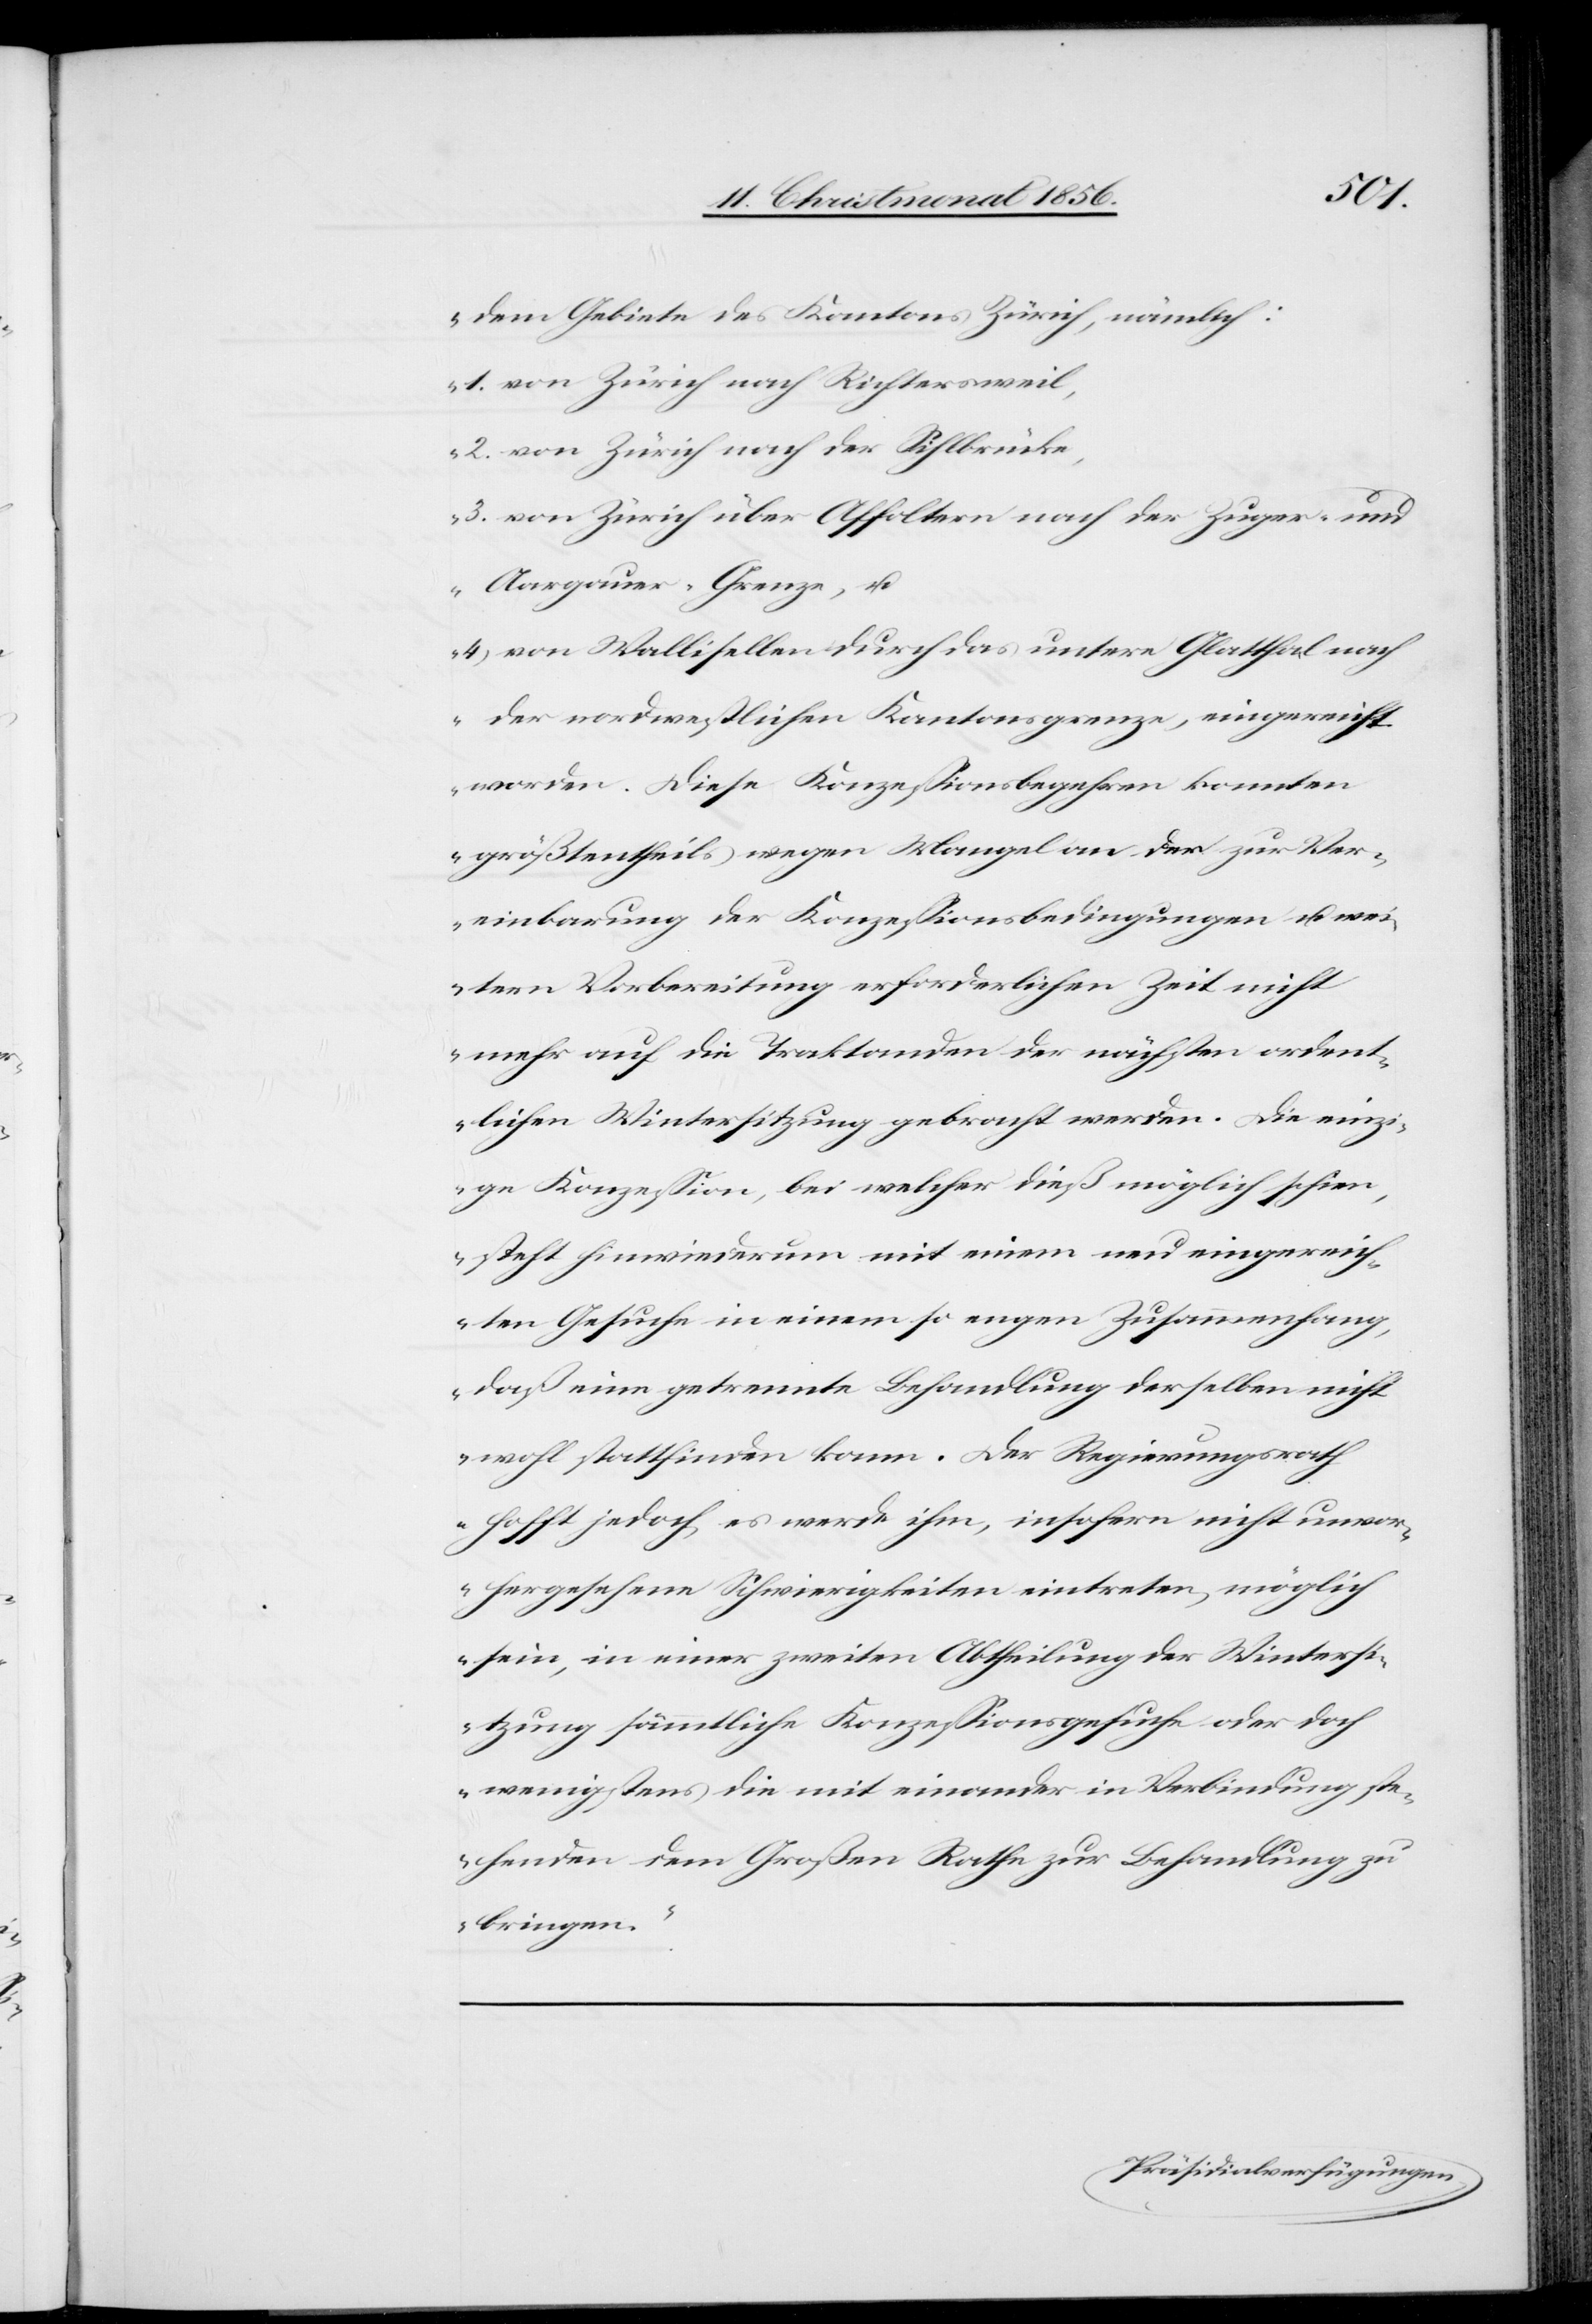
dem Gebiete des Kantons Zürich, nämlich:
1. von Zürich nach Richtersweil,
2. von Zürich nach der Sihlbrücke,
3. von Zürich über Affoltern nach der Zuger- und
Aargauer-Grenze, u.
4. von Wallisellen durch das untere Glatthal nach
der nordwestlichen Kantonsgrenze, eingereicht
worden. Diese Konzessionsbegehren konnten
größtentheils wegen Mangel an der zur Ver¬
einbarung der Konzessionsbedingungen u. wei¬
tern Vorbereitung erforderlichen Zeit nicht
mehr auf die Traktanden der nächsten ordent¬
lichen Wintersitzung gebracht werden. Die einz¬
ige Konzession, bei welcher dieß möglich schien,
steht hinwiederum mit einem neu eingereich¬
ten Gesuche in einem so engen Zusammenhang,
daß eine getrennte Behandlung derselben nicht
wohl stattfinden kann. Der Regierungsrath
hofft jedoch, es werde ihm, insofern nicht unvor¬
hergesehene Schwierigkeiten eintreten, möglich
sein, in einer zweiten Abtheilung der Wintersi¬
tzung sämmtliche Konzessionsgesuche oder doch
wenigstens die mit einander in Verbindung ste¬
henden dem Großen Rathe zur Behandlung zu
bringen.“